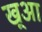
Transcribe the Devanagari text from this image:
ख्आ